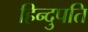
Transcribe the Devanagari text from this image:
हिन्दुपति